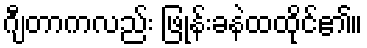
ဂျီတာကလည်း ဖြုန်းခနဲထထိုင်၏။